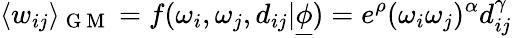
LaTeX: \langle w_{ij}\rangle_{\mathrm{~G~M~}}=f(\omega_{i},\omega_{j},d_{ij}|\underline{{\phi}})=e^{\rho}(\omega_{i}\omega_{j})^{\alpha}d_{ij}^{\gamma}